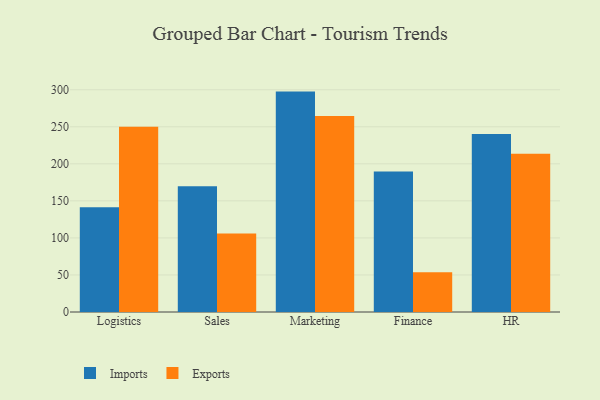
{"axis": {"x": "Department", "y": "Bounce Rate (%)"}, "legend": ["Exports", "Imports"], "data": [{"x": "Logistics", "y": 141.5, "type": "Imports"}, {"x": "Logistics", "y": 249.9, "type": "Exports"}, {"x": "Sales", "y": 169.8, "type": "Imports"}, {"x": "Sales", "y": 106.1, "type": "Exports"}, {"x": "Marketing", "y": 297.5, "type": "Imports"}, {"x": "Marketing", "y": 264.7, "type": "Exports"}, {"x": "Finance", "y": 189.7, "type": "Imports"}, {"x": "Finance", "y": 53.7, "type": "Exports"}, {"x": "HR", "y": 240.3, "type": "Imports"}, {"x": "HR", "y": 213.5, "type": "Exports"}]}